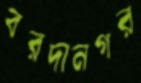
বরদানগর